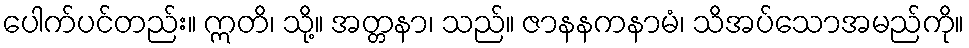
ပေါက်ပင်တည်း။ ဣတိ၊ သို့။ အတ္တနာ၊ သည်။ ဇာနနကနာမံ၊ သိအပ်သောအမည်ကို။